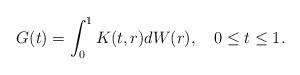
LaTeX: \begin{align*}G(t)=\int_0^1K(t,r)dW(r), \ \ \ 0\le t \le 1.\end{align*}